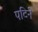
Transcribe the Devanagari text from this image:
पटिने